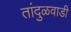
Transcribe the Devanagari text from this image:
तांदुळवाडी